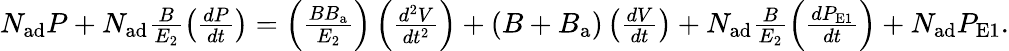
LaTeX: \begin{array}{r}{N_{\mathrm{ad}}P+N_{\mathrm{ad}}\frac{B}{E_{\mathrm{2}}}\left(\frac{dP}{dt}\right)=\left(\frac{BB_{\mathrm{a}}}{E_{\mathrm{2}}}\right)\left(\frac{d^{2}V}{dt^{2}}\right)+\left(B+B_{\mathrm{a}}\right)\left(\frac{dV}{dt}\right)+N_{\mathrm{ad}}\frac{B}{E_{\mathrm{2}}}\left(\frac{dP_{\mathrm{E1}}}{dt}\right)+N_{\mathrm{ad}}P_{\mathrm{E1}}.}\end{array}